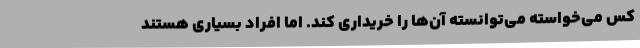
کس می‌خواسته می‌توانسته آن‌ها را خریداری کند. اما افراد بسیاری هستند